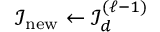
{ \mathcal { I } } _ { \mathrm { n e w } } \gets { \mathcal { I } } _ { d } ^ { ( \ell - 1 ) }